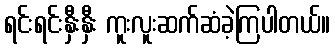
ရင်းရင်းနှီးနှီး ကူးလူးဆက်ဆံခဲ့ကြပါတယ်။